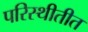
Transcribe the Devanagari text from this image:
परिस्थीतीत